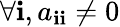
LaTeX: \forall\mathbf{i},a_{\mathbf{i}\mathbf{i}}\neq0